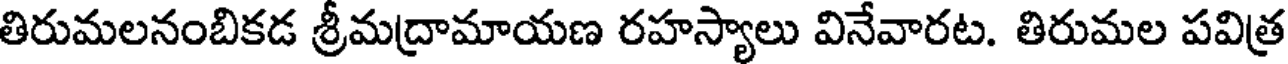
తిరుమలనంబికడ శ్రీమద్రామాయణ రహస్యాలు వినేవారట. తిరుమల పవిత్ర